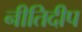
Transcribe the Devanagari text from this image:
नीतिदीप